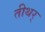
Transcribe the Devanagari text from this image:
तीथर्